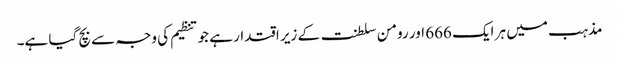
مذہب میں ہر ایک 666 اور رومن سلطنت کے زیر اقتدار ہے جو تنظیم کی وجہ سے بچ گیا ہے۔